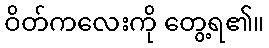
ဝိတ်ကလေးကို တွေ့ရ၏။